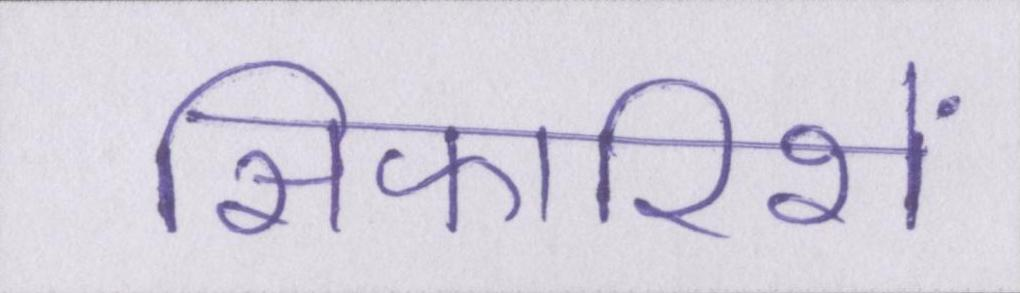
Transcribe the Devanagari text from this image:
सिफारिशें